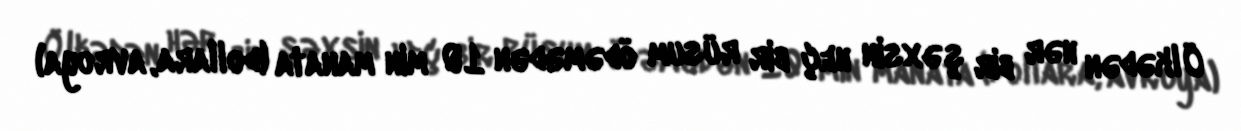
Ölkədən hər bir şəxsin heç bir rüsum ödəmədən 10 min manata (dollara, avroya)